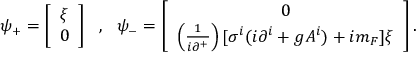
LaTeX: \psi _ { + } = \left[ \begin{array} { l } { { \xi } } \\ { { 0 } } \end{array} \right] ~ ~ , ~ ~ \psi _ { - } = \left[ \begin{array} { c } { { 0 } } \\ { { \left( \frac { 1 } { i \partial ^ { + } } \right) [ \sigma ^ { i } ( i \partial ^ { i } + g A ^ { i } ) + i m _ { F } ] \xi } } \end{array} \right] .